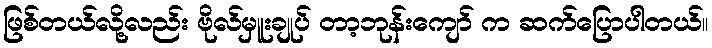
ဖြစ်တယ်လို့လည်း ဗိုလ်မှူးချုပ် တာ့ဘုန်းကျော် က ဆက်ပြောပါတယ်။